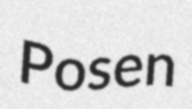
Posen